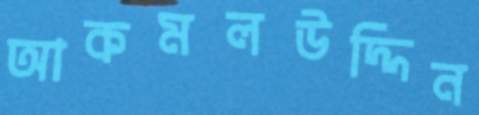
আকমলউদ্দিন